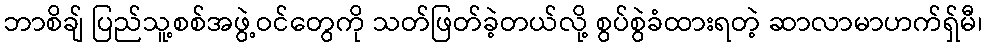
ဘာစိချ် ပြည်သူ့စစ်အဖွဲ့ဝင်တွေကို သတ်ဖြတ်ခဲ့တယ်လို့ စွပ်စွဲခံထားရတဲ့ ဆာလာမာဟက်ရှ်မီ၊